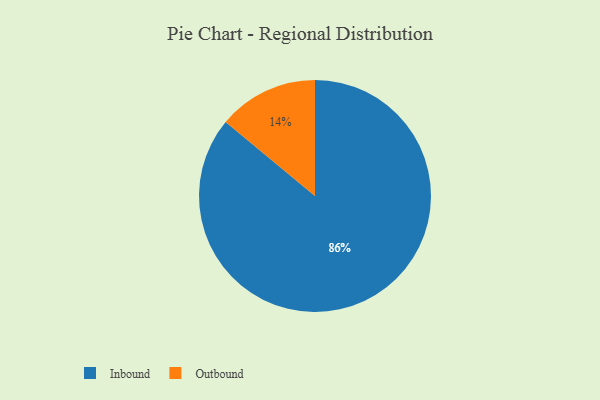
{"axis": {"x": "Category", "y": "Percentage"}, "legend": ["Inbound", "Outbound"], "data": [{"x": "Outbound", "y": 14, "type": "Outbound"}, {"x": "Inbound", "y": 86, "type": "Inbound"}]}